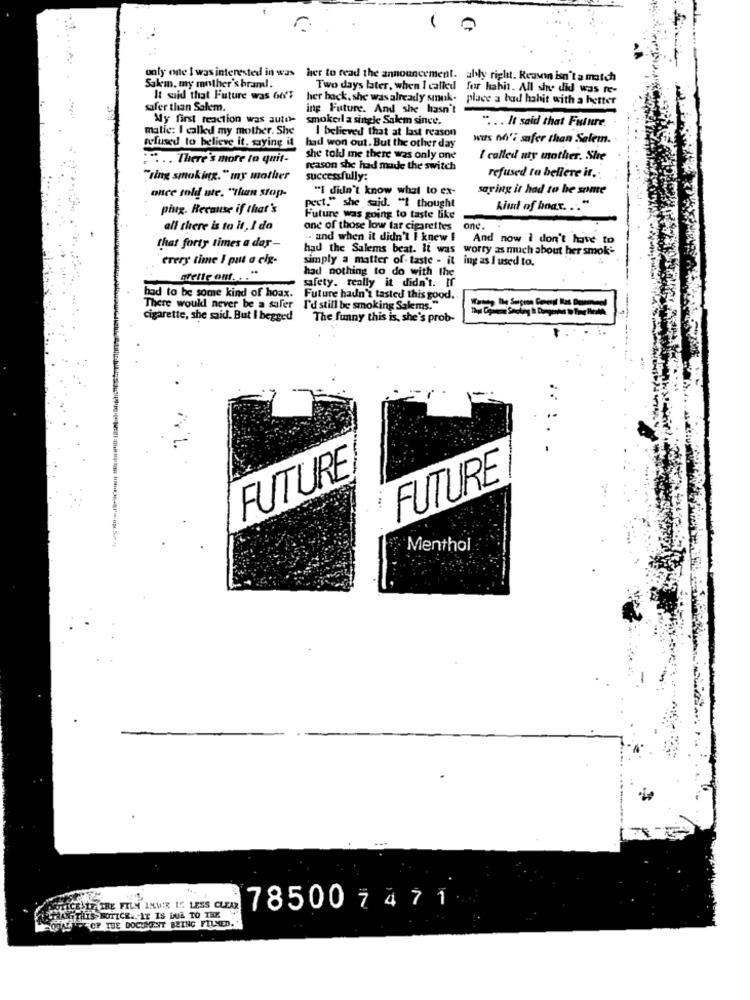
r.
only one I was interested in was
her to read the announcement. ably right. Reavin isn't a match
Sakm. my mother's brand.
Two days later, when I called for habit. All she did was re-
It said that Future was 66'3
her back. she was already smok- place a bad habit with a hetter
safer than Salem.
ing Future. And she hasn't
My first reaction was auto-
smokeil a single Salem since.
" ... It said that Future.
matic: I called my mother. She
I believed that at last reason
was of'i safer than Salem.
refused to believe it, saying it
had won out. But the other day
.... There's more to quit-
she told me there was only one
I called uty mother. She
reason she had made the switch
refused to bellere ir .:
"ring smoking." my mother
successfully:
"I didn't know what to ex-
saving it had to be some
once told ate. "than stop-
ping. Because if that's
pect." she said. "I thought
kind of hoax. .. "
Future was going to taste like
all there is to it, I do
one of those low tar cigarettes
one.
.. and when it didn't I knew 1 And now i don't have to
that forty times a day-
had the Salems beat. It was worry as much about her smok-
every time I put a clx-
simply a matter of- taste - it ing as I used to.
had nothing to do with the
safety. really it didn't. If
had to be some kind of hoax.
-
Future hadn't tasted this good.
There would never be a safer
I'd still be smoking Salems."
cigarette, she said. But I begged
The funny this is, she's prob-
FUTURE
FUTURE
Menthol
PTICE LT THE FILM IMMIR IS LESS CLEAR
785007471
HAYTHIS NOTICE .. IT IS DUE TO THE
CONALOF THE DOCUMENT BEING FILMED ..